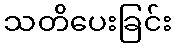
သတိပေးခြင်း